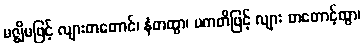
မဇ္ဈိမဖြင့် လျားတတောင်၊ နံတထွာ၊ ပကတိဖြင့် လျား တတောင့်ထွာ၊